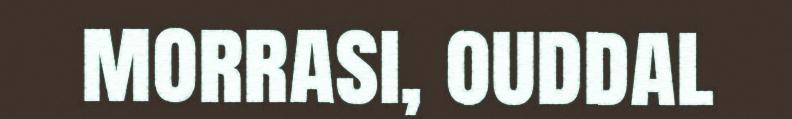
morrasi, ouddal